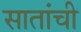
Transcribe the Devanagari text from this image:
सातांची